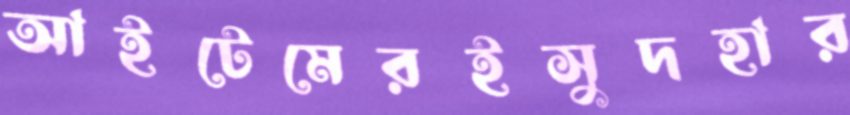
আইটেমেরইসুদহার